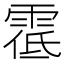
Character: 𩃐